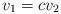
LaTeX: \begin{align*}v_1=cv_2\end{align*}